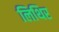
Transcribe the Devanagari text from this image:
लिथिर